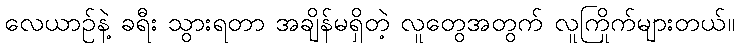
လေယာဉ်နဲ့ ခရီး သွားရတာ အချိန်မရှိတဲ့ လူတွေအတွက် လူကြိုက်များတယ်။